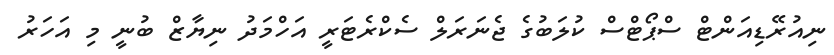
ނިއުރޭޑިއަންޓް ސްޕޯޓްސް ކުލަބުގެ ޖެނަރަލް ސެކްރެޓަރީ އަހްމަދު ނިޔާޒް ބުނީ މި އަހަރު